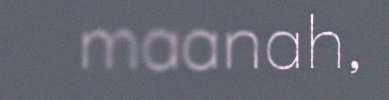
maanah,